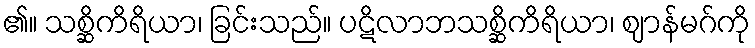
၏။ သစ္ဆိကိရိယာ၊ ခြင်းသည်။ ပဋိလာဘသစ္ဆိကိရိယာ၊ ဈာန်မဂ်ကို